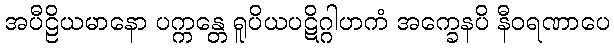
အပီဠိယမာနော ပက္ကန္တေ ရူပိယပဋိဂ္ဂါဟကံ အက္ခေနပိ နီဝရဏာပေ